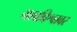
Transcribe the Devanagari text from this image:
भावविश्वावर